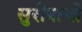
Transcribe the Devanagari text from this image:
सुरीबाची